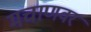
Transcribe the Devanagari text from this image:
मचाणवर